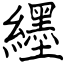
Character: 纆